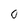
Character: 0